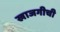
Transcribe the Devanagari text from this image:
खाजगीची